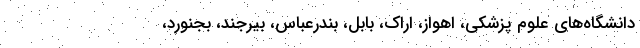
دانشگاه‌های علوم پزشکی، اهواز، اراک، بابل، بندرعباس، بیرجند، بجنورد،